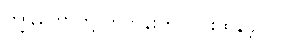
ကျွန်တော်တို့ ဟိုတုန်းက ပြင်းထန်ခဲ့တာပဲ။